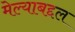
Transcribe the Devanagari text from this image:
मेल्याबद्दल